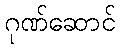
ဂုဏ်ဆောင်